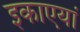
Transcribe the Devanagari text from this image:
इकाएयां